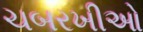
ચબરખીઓ